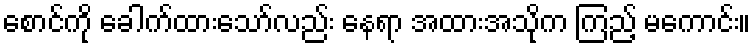
စောင်ကို ခေါက်ထားသော်လည်း နေရာ အထားအသိုက ကြည့် မကောင်း။